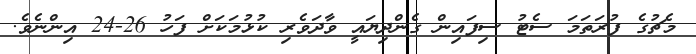
މެޗުގެ ފުރަތަމަ ސެޓު ސިފައިން ގެންދިޔައީ ވާދަވެރި ކުޅުމަކަށް ފަހު 26-24 އިންނެވެ.